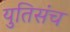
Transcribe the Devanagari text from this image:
युतिसंच